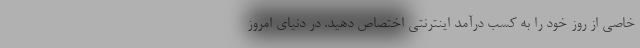
خاصی از روز خود را به کسب درآمد اینترنتی اختصاص دهید. در دنیای امروز